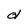
Character: d